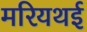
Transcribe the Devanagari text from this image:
मरियथई